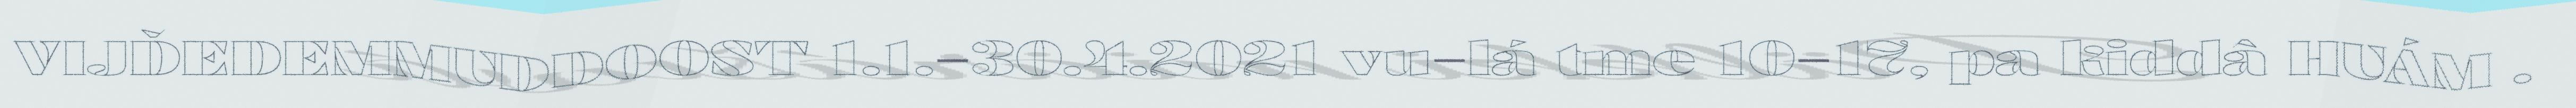
VIJĐEDEMMUDDOOST 1.1.–30.4.2021 vu–lá tme 10–17, pa kiddâ HUÁM .